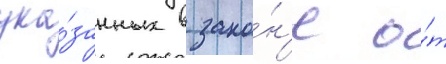
ука́занных в зако́н'е о́т